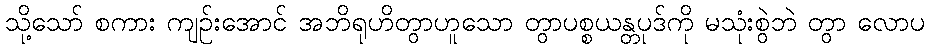
သို့သော် စကား ကျဉ်းအောင် အဘိရုဟိတွာဟူသော တွာပစ္စယန္တပုဒ်ကို မသုံးစွဲဘဲ တွာ လောပ